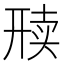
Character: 𬻦